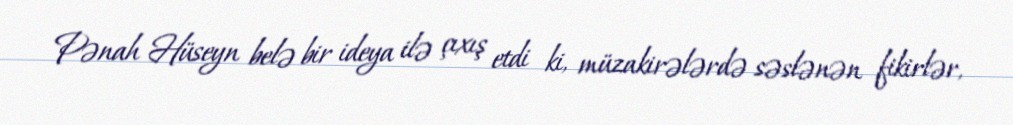
Pənah Hüseyn belə bir ideya ilə çıxış etdi ki, müzakirələrdə səslənən fikirlər,